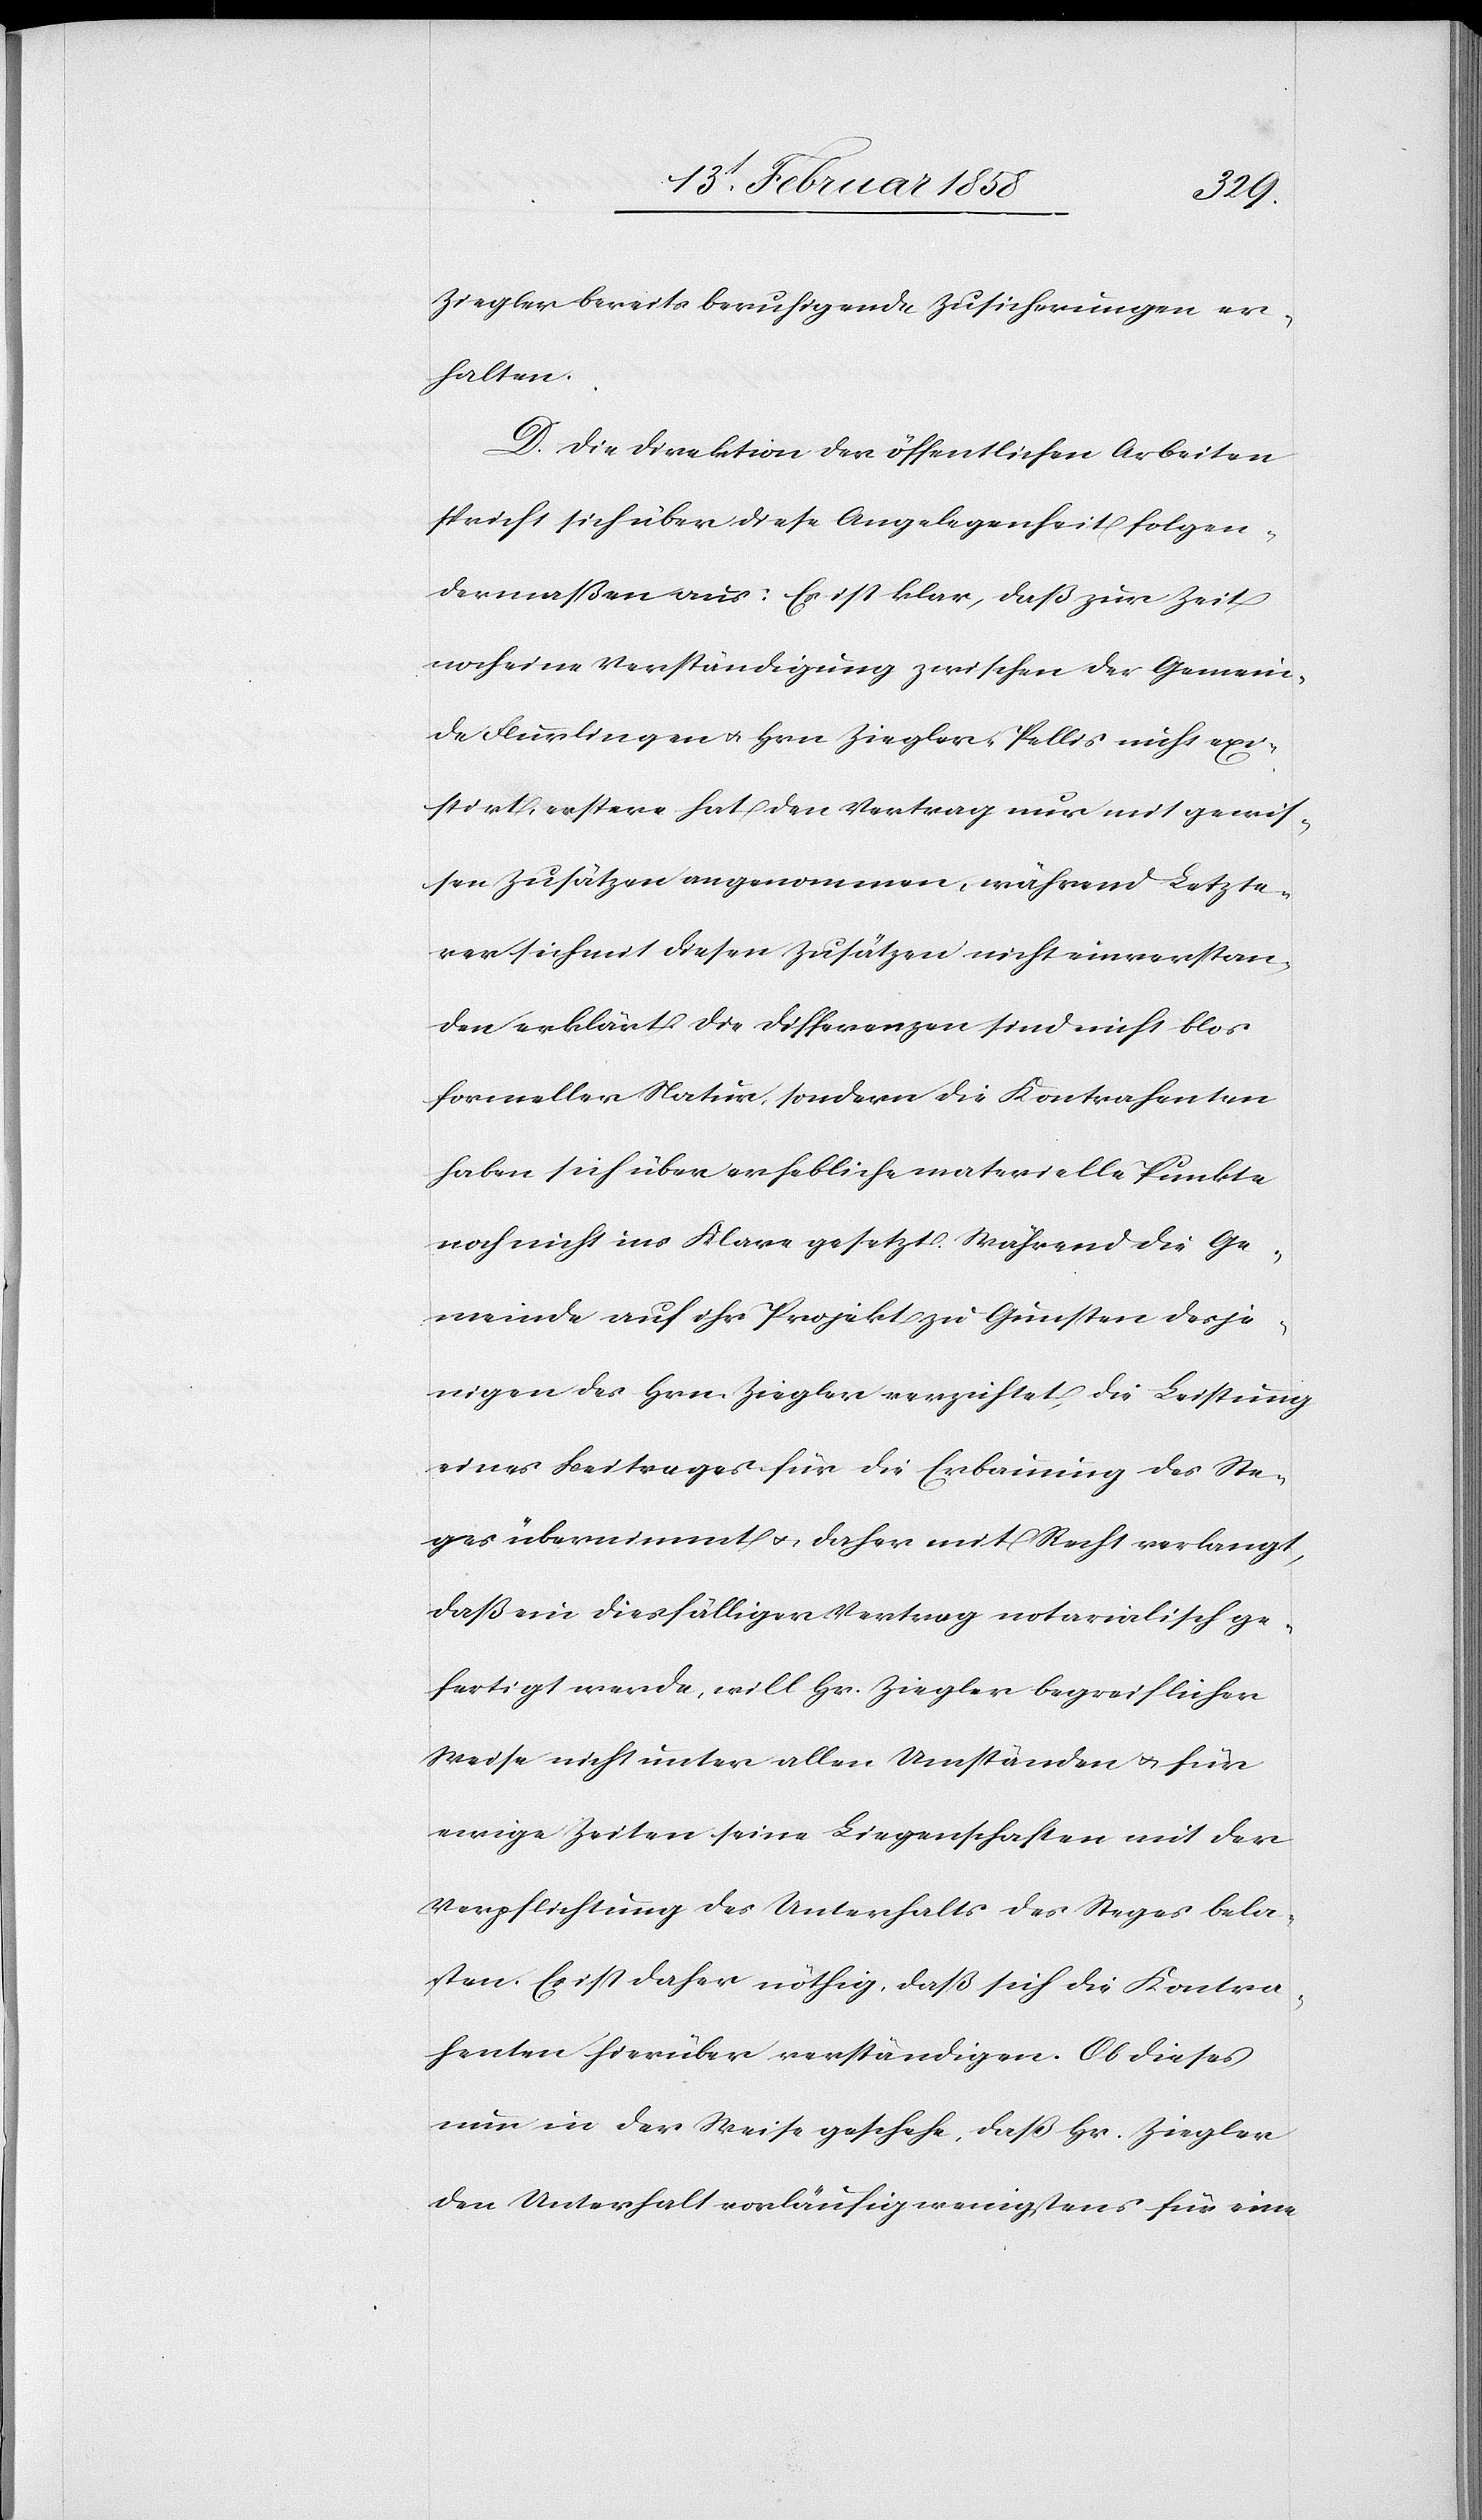
Ziegler bereits beruhigende Zusicherungen er¬
halten.
D. Die Direktion der öffentlichen Arbeiten
spricht sich über diese Angelegenheit folgen¬
dermaßen aus: Es ist klar, daß zur Zeit
noch eine Verständigung zwischen der Gemein¬
de Flurlingen u. Hrn. Ziegler-Pellis nicht exi¬
stirt, erstere hat den Vertrag nur mit gewis¬
sen Zusätzen angenommen, während Letzte¬
rer sich mit diesen Zusätzen nicht einverstan¬
den erklärt. Die Differenzen sind nicht blos
formeller Natur, sondern die Kontrahenten
haben sich über erhebliche materielle Punkte
noch nicht ins Klare gesetzt. Während die Ge¬
meinde auf ihr Projekt zu Gunsten desje¬
nigen des Hrn. Ziegler verzichtet, die Leistung
eines Beitrages für die Erbauung des Ste¬
ges übernimmt u., daher mit Recht verlangt,
daß ein diesfälliger Vertrag notarialisch ge¬
fertigt werde, will Hr. Ziegler begreiflicher
Weise nicht unter allen Umständen u. für
ewige Zeiten seine Liegenschaften mit der
Verpflichtung des Unterhalts des Steges bela¬
sten. Es ist daher nöhtig, daß sich die Kontra¬
henten hierüber verständigen. Ob dieses
nun in der Weise geschehe, daß Hr. Ziegler
den Unterhalt vorläufig wenigstens für eine